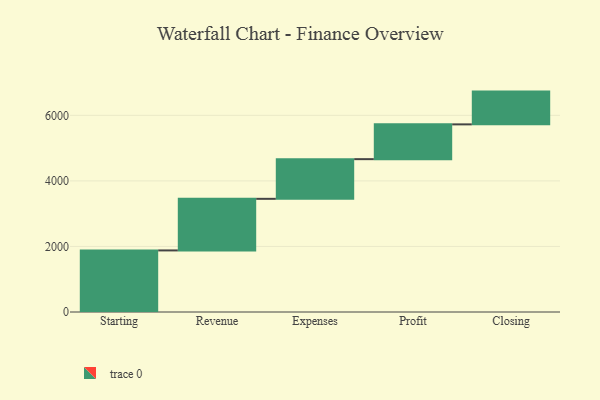
{"axis": {"x": "Step", "y": "Value"}, "legend": [""], "data": [{"x": "Starting", "y": 1879.0, "type": ""}, {"x": "Revenue", "y": 1574.0, "type": ""}, {"x": "Expenses", "y": 1211.0, "type": ""}, {"x": "Profit", "y": 1061.0, "type": ""}, {"x": "Closing", "y": 1000, "type": ""}]}